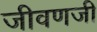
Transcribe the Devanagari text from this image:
जीवणजी